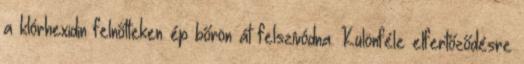
a klórhexidin felnőtteken ép bőrön át felszívódna. Különféle elfertőződésre